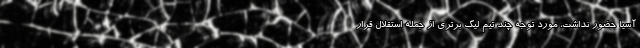
آسیا حضور نداشت، مورد توجه چند تیم لیگ برتری از جمله استقلال قرار